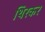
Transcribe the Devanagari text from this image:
थिरकर